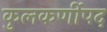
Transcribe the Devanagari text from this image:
कुलकर्णीपद